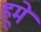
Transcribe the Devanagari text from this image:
हूमें